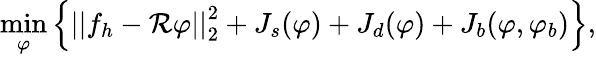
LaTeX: \displaystyle{\operatorname*{min}_{\varphi}}\left\{ \left|\left|f_{h}-\mathcal{R}\varphi\right|\right|_{2}^{2}+J_{s}(\varphi)+J_{d}(\varphi)+J_{b}(\varphi,\varphi_{b})\right\} ,